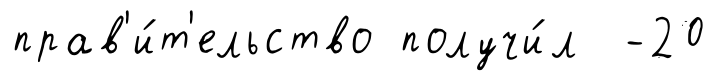
прав'и́т'ельство получи́л -20